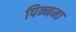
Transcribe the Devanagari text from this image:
पिन्नमा